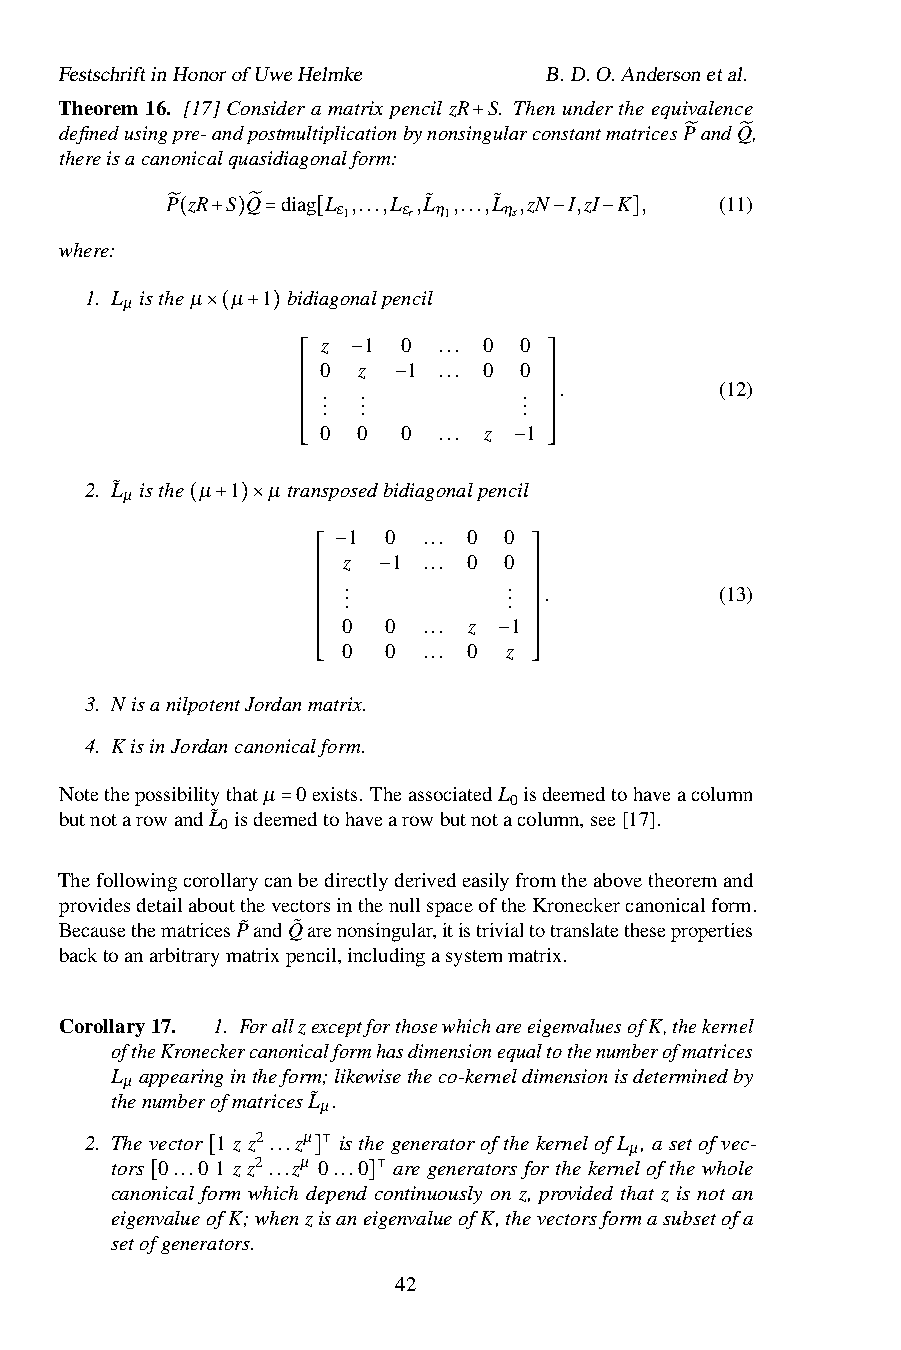
FestschriftinHonorofUweHelmke   B.D.O.Andersonetal.
 Theorem 16. [17] Consider a matrix pencil zR S. Then under the equivalence
 definedusingpre-andpostmultiplicationbynonsingularconstantmatricesPandQ,
 thereisacanonicalquasidiagonalform: +
 ̃   ̃
 P zR S Q diag L ,...,L ,L˜ ,...,L˜ ,zN I,zI K , (11)
 ε1   εr η1 ηs
 where: ̃( + )̃=  [               −  − ]
 1. L istheµ µ 1 bidiagonalpencil
 µ
 ×( + ) z  1  0 ... 0 0
 0  z  1 ... 0 0
 ⎡ ⎢ . . −. .   . . ⎤ ⎥.     (12)
 ⎢ . .          . ⎥
 ⎢     −         ⎥
 ⎢ 0 0  0 ... z 1 ⎥
 ⎢               ⎥
 ⎢               ⎥
 ⎢               ⎥
 2. L˜ isthe µ 1 µ tr⎢ ⎣ansposedbidiagonalpenc− il ⎥ ⎦
 µ
 ( + )×     1 0  ... 0 0
 z  1 ... 0 0
 ⎡ −.         . ⎤
 ⎢ .          . ⎥.          (13)
 ⎢ ⎢ . −      . ⎥ ⎥
 ⎢ 0 0  ... z 1 ⎥
 ⎢             ⎥
 ⎢ ⎢ 0 0 ... 0 z ⎥ ⎥
 ⎢           − ⎥
 ⎢             ⎥
 ⎢             ⎥
 3. N isanilpotentJordanm⎣atrix. ⎦
 4. K isinJordancanonicalform.
 Notethepossibilitythatµ 0exists. TheassociatedL isdeemedtohaveacolumn
 0
 butnotarowandL˜ isdeemedtohavearowbutnotacolumn,see[17].
 0
 =
 Thefollowingcorollarycanbedirectlyderivedeasilyfromtheabovetheoremand
 providesdetailaboutthevectorsinthenullspaceoftheKroneckercanonicalform.
 BecausethematricesP˜andQ˜ arenonsingular,itistrivialtotranslatetheseproperties
 backtoanarbitrarymatrixpencil,includingasystemmatrix.
 Corollary17. 1. ForallzexceptforthosewhichareeigenvaluesofK,thekernel
 oftheKroneckercanonicalformhasdimensionequaltothenumberofmatrices
 L appearingintheform;likewisetheco-kerneldimensionisdeterminedby
 µ
 thenumberofmatricesL˜ .
 µ
 2. Thevector 1 z z2...zµ isthegeneratorofthekernelofL , asetofvec-
 µ
 tors 0...0 1 z z2...zµ 0⊺...0 are generators for the kernel of the whole
 canonical fo[rm which d]epend continuously on z, provided that z is not an
 ⊺
 eigen[valueofK;whenzisane]igenvalueofK,thevectorsformasubsetofa
 setofgenerators.
 42